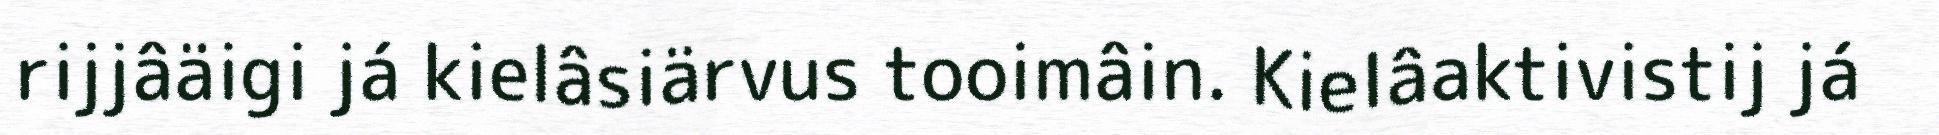
rijjâäigi já kielâsiärvus tooimâin. Kielâaktivistij já